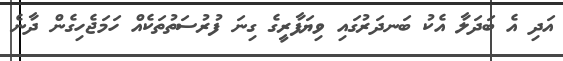
އަދި އެ ބަދަލާ އެކު ބަނދަރުގައި ވިޔަފާރީގެ ގިނަ ފުރުސަތުތަކެއް ހަމަޖެހިގެން ދާނެ